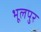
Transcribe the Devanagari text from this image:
भूलपुर